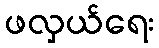
ဖလှယ်ရေး